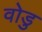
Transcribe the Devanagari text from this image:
वोडु